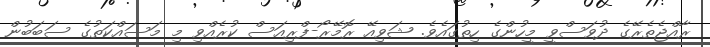
ރާއްޖެތެރޭގެ ދުވަސްވީ މީހުންގެ ހިތުގައެވެ. ޝަވިއޭ ރޮމޭރޯ-ފްރިއަސް ކުރެއްވި މި މަސައްކަތުގެ ސަބަބުން